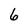
Character: 6